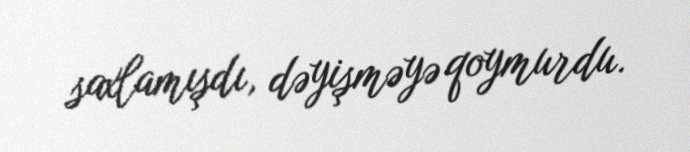
saxlamışdı, dəyişməyə qoymurdu.